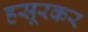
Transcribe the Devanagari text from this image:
हसूरकर